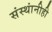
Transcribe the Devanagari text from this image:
संस्थांनीही